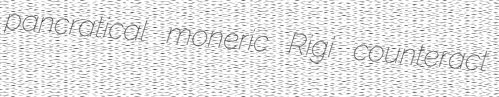
pancratical moneric Rigi counteract